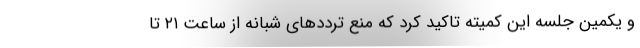
و یکمین جلسه این کمیته تاکید کرد که منع ترددهای شبانه از ساعت ۲۱ تا